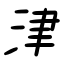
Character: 津